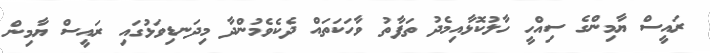
ރައީސް ޔާމިންގެ ސިއްހީ ހާލުކޮޅާއިމެދު ތަފާތު ވާހަކަތައް ދެކެވެމުންދާ މިދަނޑިވަޅުގައި ރައީސް ޔާމިން